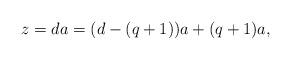
LaTeX: \begin{align*} z=d a =(d-(q+1))a + (q+1)a, \end{align*}